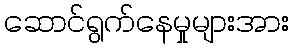
ဆောင်ရွက်နေမှုများအား